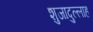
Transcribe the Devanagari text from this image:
शुजादुल्लाह